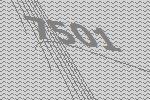
7501